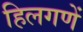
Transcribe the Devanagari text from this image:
हिलगणें